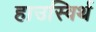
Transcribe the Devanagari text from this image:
हाउस्विर्थ